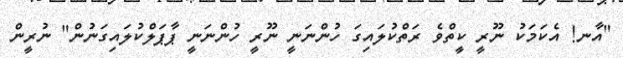
"އާނ! އެކަމަކު ނޫރީ ކީތްވެ ރަތްކުލައިގަ ހުންނަނީ ނޫރީ ހުންނަނީ ޕާޕަލްކުލައިގަނުން" ނުރީން